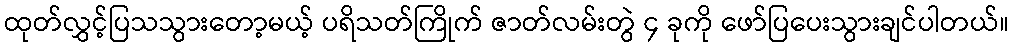
ထုတ်လွှင့်ပြသသွားတော့မယ့် ပရိသတ်ကြိုက် ဇာတ်လမ်းတွဲ ၄ ခုကို ဖော်ပြပေးသွားချင်ပါတယ်။